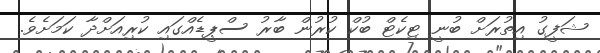
ޝަފީގު އިތުރަށް ބުނީ ޓިކެޓް ބުކް ކުރުން ބާރު ސްޕީޑެއްގައި ކުރިއަށްދާ ކަމަށެވެ.